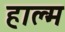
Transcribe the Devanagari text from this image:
हाल्म